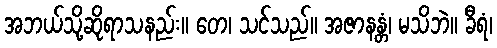
အဘယ်သို့ဆိုရာသနည်း။ တေ၊ သင်သည်။ အဇာနန္တံ၊ မသိဘဲ။ ခီရံ၊